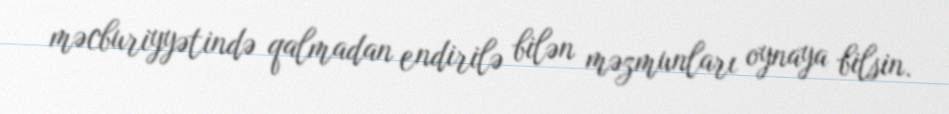
məcburiyyətində qalmadan endirilə bilən məzmunları oynaya bilsin.